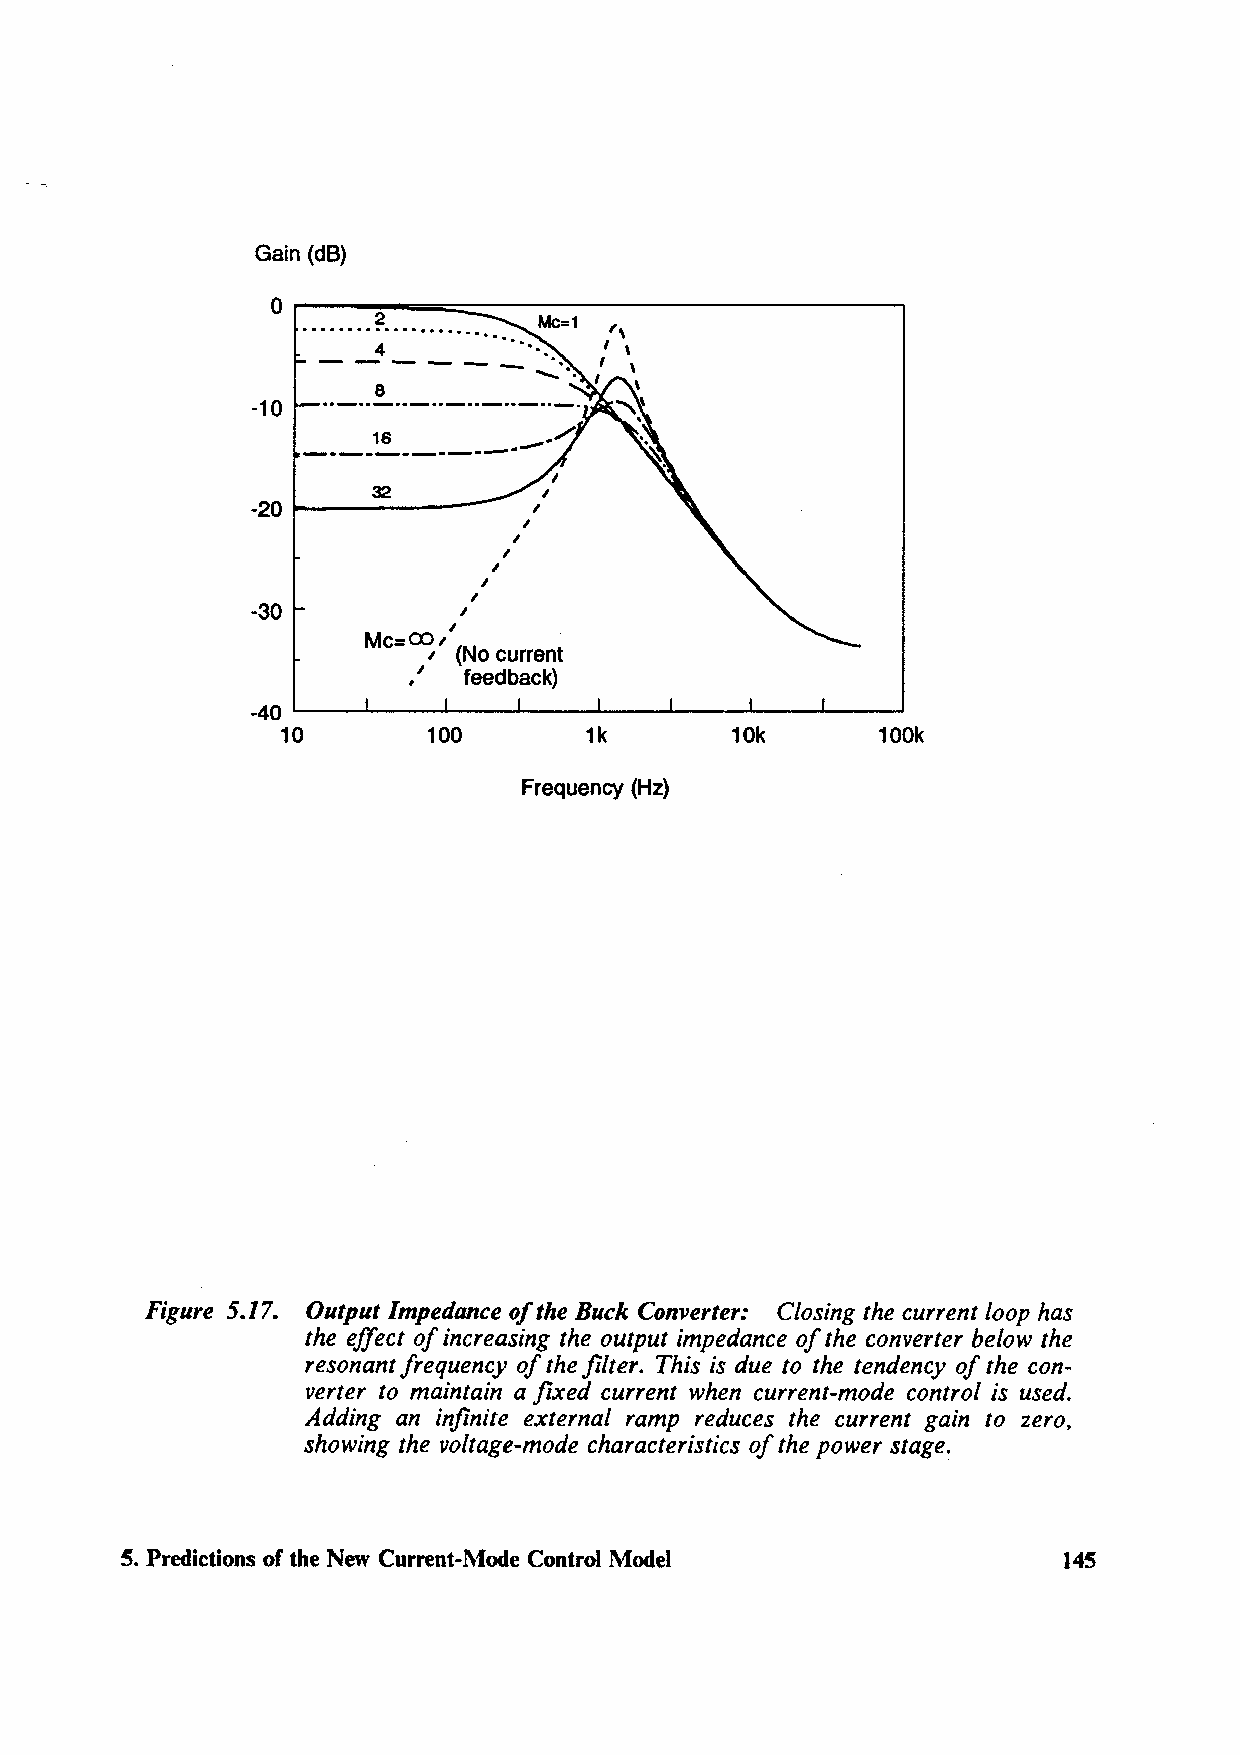
Gain (dB)
 r---~2~==:::::==----------------,
 0
 .......................
 --4  ----
 -10
 I
 -20~-32-  ----    I '
 I
 I
 I
 I
 I
 I
 -30          I
 Mc:ro, I
 , (No current
 .'  feedback)
 -40 ,__ _ __._ ___ ._ __. .__ _ __......_ _ _._ ___ ._ _ __. ___ _.
 10       100        1k       10k       100k
 Frequency (Hz)
 Figure 5.17. Output Impedance of the Buck Converter: Closing the current loop has
 the effect of increasing the output impedance of the converter below the
 resonant frequency of the filter. This is due to the tendency of the con-
 verter to maintain a fixed current when current-mode control is used.
 Adding an infinite external ramp reduces the current gain to zero,
 showing the voltage-mode characteristics of the power stage.
 5. Predictions of the New Current-Mode Control Model          145